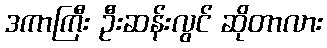
ဒကာကြီး ဦးဆန်းလွင် ဆိုတာလား